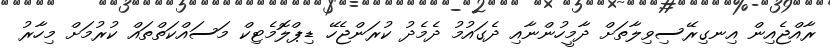
ރާއްޖެއިން އިނގިރޭސިވިލާތަށް ދާމީހުންނާއި ދެގައުމު ދެމެދު ކުރަންޖެހޭ ޑިޕްލޮމެޓިކް މަސައްކަތްތައް ކުރުމަށް މިހާރު